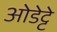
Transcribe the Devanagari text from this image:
ओडेट्टे